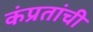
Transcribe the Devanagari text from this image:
कंप्रतांची